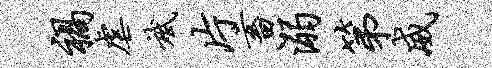
祸虐斌片畜溺第威